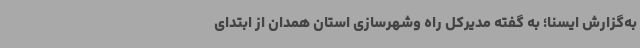
به‌گزارش ایسنا؛ به گفته مدیرکل راه وشهرسازی استان همدان از ابتدای